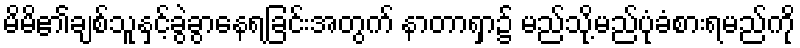
မိမိ၏ချစ်သူနှင့်ခွဲခွာနေရခြင်းအတွက် နာတာရှာ၌ မည်သို့မည်ပုံခံစားရမည်ကို